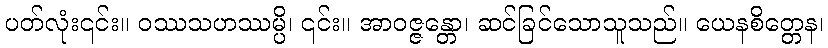
ပတ်လုံး၎င်း။ ဝဿသဟဿမ္ပိ၊ ၎င်း။ အာဝဇ္ဇန္တော၊ ဆင်ခြင်သောသူသည်။ ယေနစိတ္တေန၊